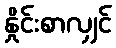
နှိုင်းစာလျှင်